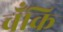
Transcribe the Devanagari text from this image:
चँकि